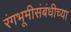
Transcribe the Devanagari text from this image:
रंगभूमीसंबंधीच्या